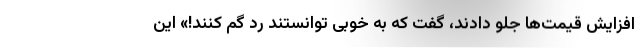
افزایش قیمت‌ها جلو دادند، گفت که به خوبی توانستند رد گم کنند!» این